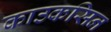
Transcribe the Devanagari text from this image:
काउकसिन